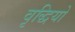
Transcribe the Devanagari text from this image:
वृद्धियो